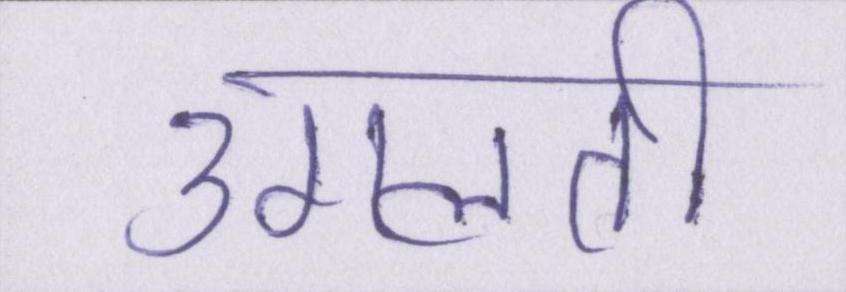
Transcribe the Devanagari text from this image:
उगलती